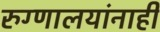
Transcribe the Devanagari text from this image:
रुग्णालयांनाही